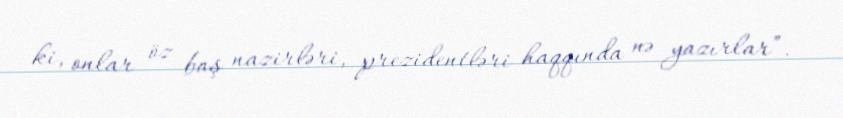
ki, onlar öz baş nazirləri, prezidentləri haqqında nə yazırlar”.